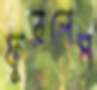
ফুরলেম